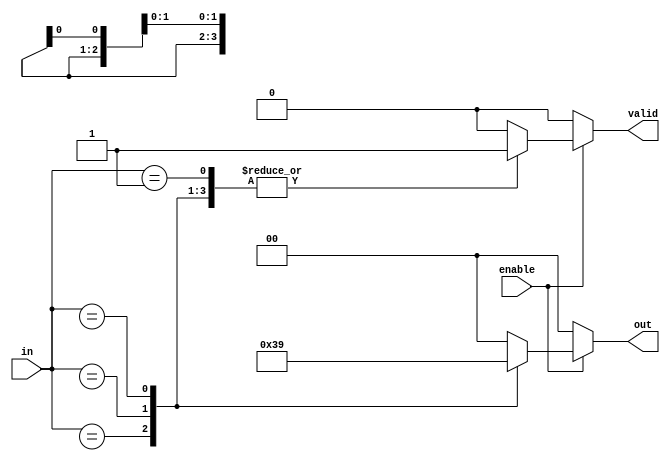
module multilevel_encoder (
    input wire [3:0] in,    // 4 input lines
    input wire enable,       // Enable signal
    output reg [1:0] out,    // 2 output lines
    output reg valid         // Output valid signal
);

    always @(*) begin
        if (enable) begin
            // Default values
            out = 2'b00;
            valid = 1'b0;

            // Priority Encoder Logic
            casez (in)          // casez allows for don't care conditions
                4'b1xxx: begin out = 2'd3; valid = 1'b1; end // Input 3 active
                4'b01xx: begin out = 2'd2; valid = 1'b1; end // Input 2 active
                4'b001x: begin out = 2'd1; valid = 1'b1; end // Input 1 active
                4'b0001: begin out = 2'd0; valid = 1'b1; end // Input 0 active
                default: begin out = 2'b00; valid = 1'b0; end // No input active
            endcase
        end else begin
            // If not enabled, set outputs to idle state
            out = 2'b00; 
            valid = 1'b0;
        end
    end
endmodule